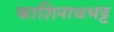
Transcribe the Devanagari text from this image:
काशिनाथभट्ट